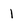
Character: l